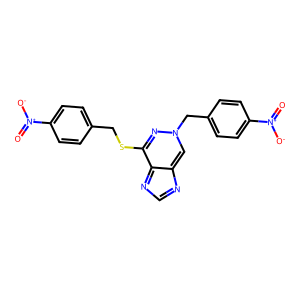
SMILES: O=[N+]([O-])c1ccc(CSc2nn(Cc3ccc([N+](=O)[O-])cc3)cc3ncnc2-3)cc1
Inhibits HIV replication: No